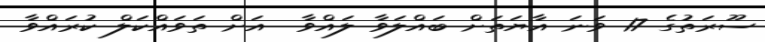
ސޫރަތުގެ 17 ވަނަ އާޔަތަށް ބައްލަވާ ލައްވާ  އަށް ތަވައްކަލް ކުރައްވާ